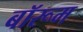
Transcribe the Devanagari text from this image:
बॉरूम